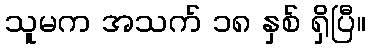
သူမက အသက် ၁၈ နှစ် ရှိပြီ။